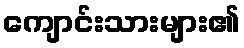
ကျောင်းသားများ၏